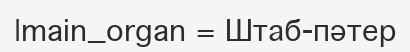
|main_organ = Штаб-пәтер